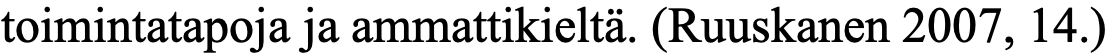
toimintatapoja ja ammattikieltä. (Ruuskanen 2007, 14.)